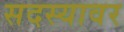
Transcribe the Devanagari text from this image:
सदस्यावर